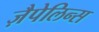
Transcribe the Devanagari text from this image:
ज़ैपेलिन्स